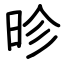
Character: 昣